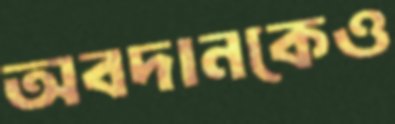
অবদানকেও